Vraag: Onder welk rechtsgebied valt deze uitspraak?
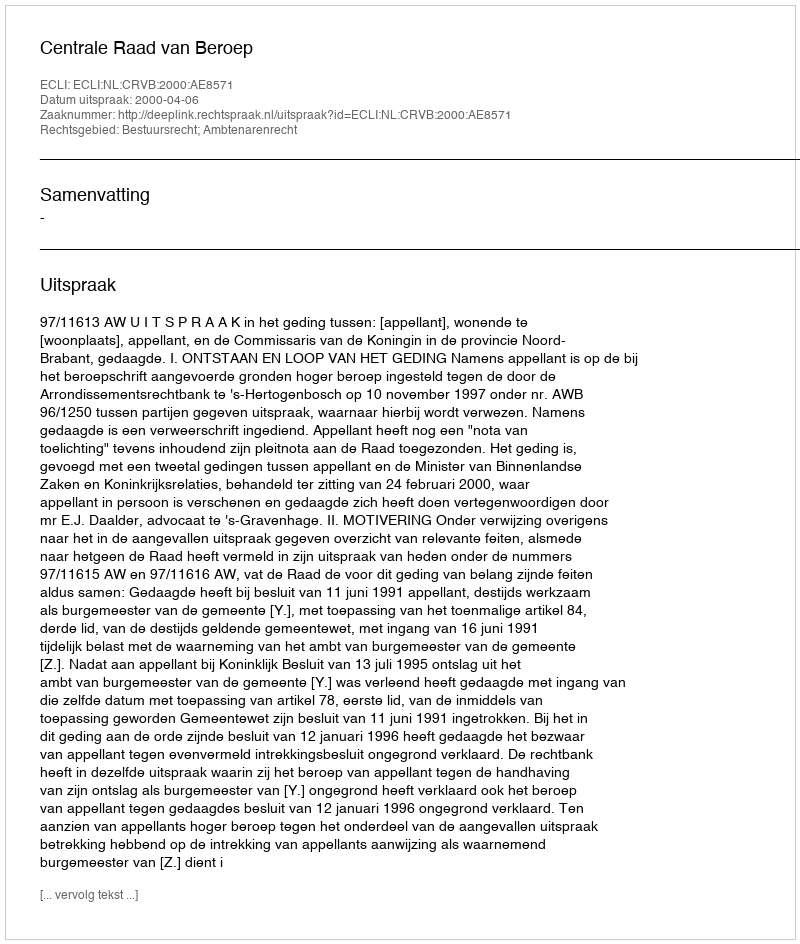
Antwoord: Bestuursrecht; Ambtenarenrecht